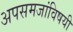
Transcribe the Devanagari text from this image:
अपसमजांविषयी